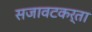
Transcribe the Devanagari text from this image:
सजावटकर्ता